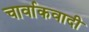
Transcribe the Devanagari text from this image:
चार्वाकवादी